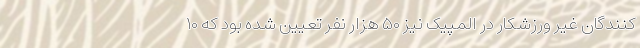
کنندگان غیر ورزشکار در المپیک نیز ۵۰ هزار نفر تعیین شده بود که ۱۰